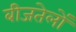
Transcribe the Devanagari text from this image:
बीजतेलों